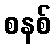
စနစ်